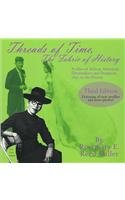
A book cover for The Threads Of Time, The Fabric Of History: Profiles Of African American Dressmakers And Designers From 1850 To The Present; Rosemary Reed E. Miller; Teen & Young Adult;